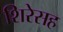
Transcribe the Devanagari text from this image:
शिरेसह